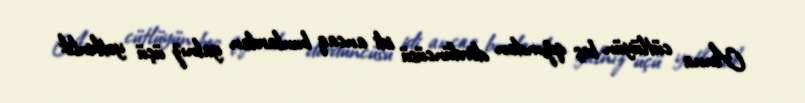
Anna cütlüyün beş qızından dördüncüsü idi ancaq bunlardan yalnız üçü yetkinlik